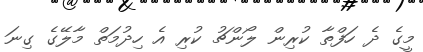
މީގެ ދެ ހަފްތާ ކުރިން ލޯންޗު ކުރި އެ ހިދުމަތް މާލޭގެ ގިނަ